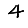
Digit: 4